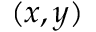
( x , y )